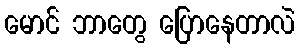
မောင် ဘာတွေ ပြောနေတာလဲ